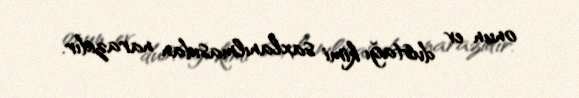
onun ev dustağı kimi saxlanılmasıdan narazıdır.